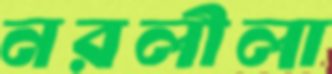
নরলীলা